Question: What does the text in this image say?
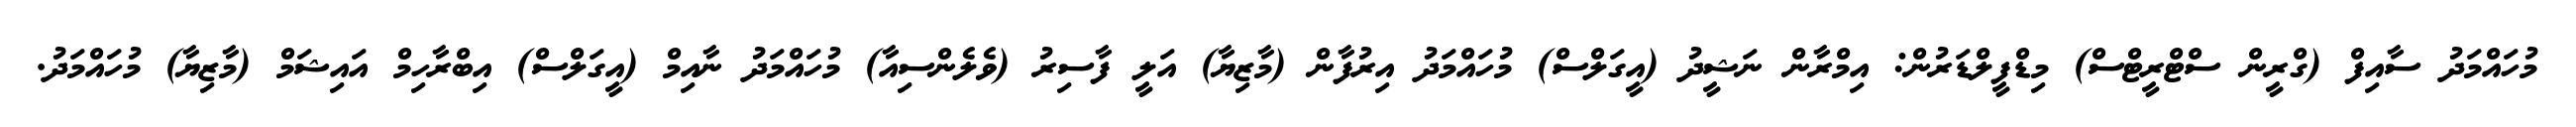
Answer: މުހައްމަދު ސާއިފް (ގްރީން ސްޓްރީޓްސް) މިޑްފީލްޑަރުން: އިމްރާން ނަޝީދު (އީގަލްސް) މުހައްމަދު އިރުފާން (މާޒިޔާ) އަލީ ފާސިރު (ވެލެންސިއާ) މުހައްމަދު ނާއިމް (އީގަލްސް) އިބްރާހިމް އައިޝަމް (މާޒިޔާ) މުހައްމަދު.